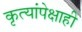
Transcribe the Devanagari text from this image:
कृत्यांपेक्षाही